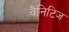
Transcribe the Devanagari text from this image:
वैनिटिज